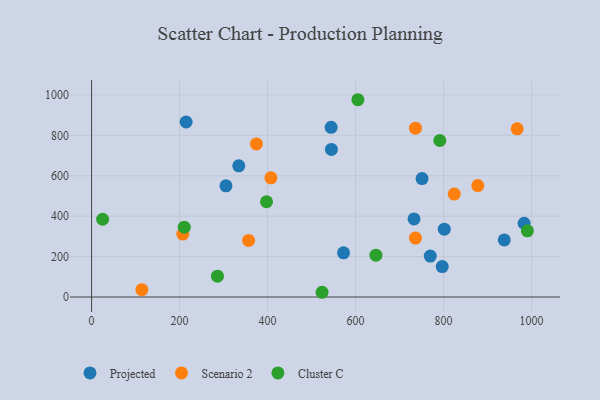
{"axis": {"x": "Speed", "y": "Rating"}, "legend": ["Cluster C", "Projected", "Scenario 2"], "data": [{"x": "983.0", "y": 364.9, "type": "Projected"}, {"x": "572.6", "y": 218.8, "type": "Projected"}, {"x": "769.7", "y": 202.6, "type": "Projected"}, {"x": "305.4", "y": 550.1, "type": "Projected"}, {"x": "214.9", "y": 866.1, "type": "Projected"}, {"x": "334.5", "y": 649.3, "type": "Projected"}, {"x": "545.1", "y": 730.1, "type": "Projected"}, {"x": "801.6", "y": 335.5, "type": "Projected"}, {"x": "544.4", "y": 839.7, "type": "Projected"}, {"x": "937.9", "y": 282.4, "type": "Projected"}, {"x": "751.0", "y": 586.3, "type": "Projected"}, {"x": "732.8", "y": 386.6, "type": "Projected"}, {"x": "796.9", "y": 150.5, "type": "Projected"}, {"x": "356.8", "y": 279.8, "type": "Scenario 2"}, {"x": "374.6", "y": 757.4, "type": "Scenario 2"}, {"x": "967.2", "y": 832.0, "type": "Scenario 2"}, {"x": "407.6", "y": 590.0, "type": "Scenario 2"}, {"x": "736.0", "y": 291.8, "type": "Scenario 2"}, {"x": "736.1", "y": 835.2, "type": "Scenario 2"}, {"x": "114.3", "y": 36.2, "type": "Scenario 2"}, {"x": "207.4", "y": 311.6, "type": "Scenario 2"}, {"x": "877.7", "y": 551.3, "type": "Scenario 2"}, {"x": "824.2", "y": 509.4, "type": "Scenario 2"}, {"x": "646.2", "y": 207.2, "type": "Cluster C"}, {"x": "605.3", "y": 976.2, "type": "Cluster C"}, {"x": "791.4", "y": 774.5, "type": "Cluster C"}, {"x": "397.6", "y": 471.5, "type": "Cluster C"}, {"x": "210.6", "y": 345.4, "type": "Cluster C"}, {"x": "286.1", "y": 103.1, "type": "Cluster C"}, {"x": "25.1", "y": 384.9, "type": "Cluster C"}, {"x": "990.4", "y": 327.4, "type": "Cluster C"}, {"x": "523.8", "y": 23.5, "type": "Cluster C"}]}